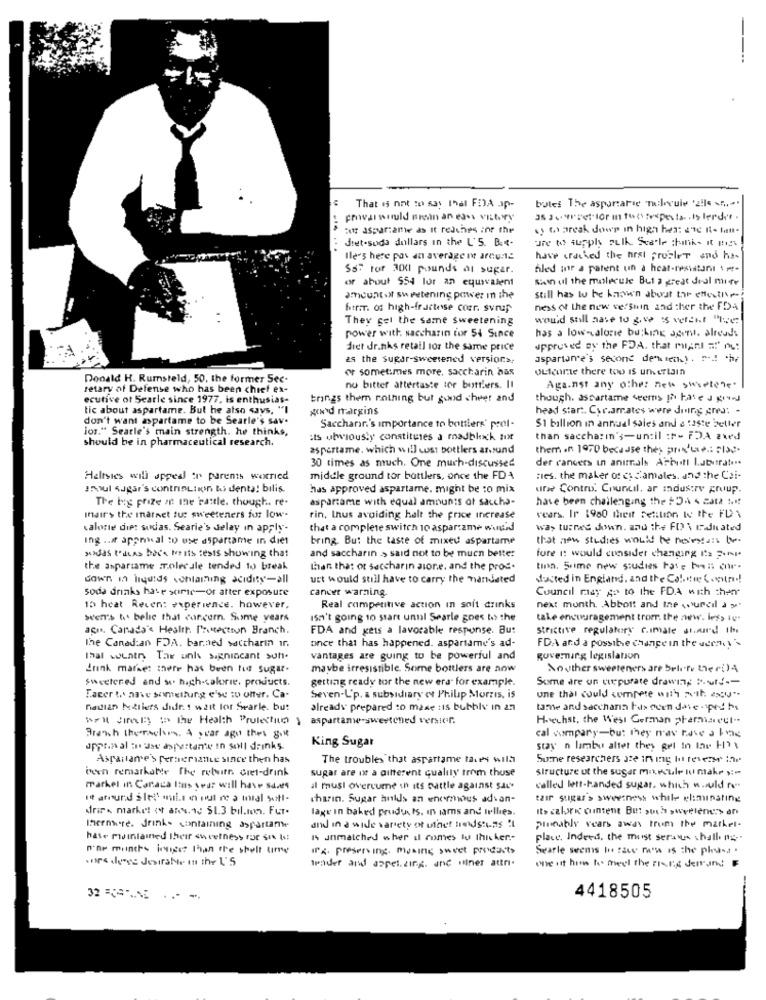
-
That is not to say Ihal FDA ap-
butes The aspartarie "molecule '2!le .....
Boor aspartame as it reaches inr the
sy th arcak dowp in high hes: 2"℃ R- tant.
: dret-soda dollars in the L'5. B. «-
Ile''s here pas an average ne arcu:le
have ordered the hrst prusler and ha-
SsT for 300 pounds of sugar.
filed ine a patent un a heat-resistant -
or about 554 lor an equivalent
Sain ul the molecule But a great deal mite
amcuntoit sweetening power In the
still has to be known about the effective -!
friT. of high-fractese coer. svrup
ness of the new vefsnin and ther the FDA
They get the same sweetening
would soll have to give is vercht "we
has a lowcalorie bushing agent, alreads
power with saccharin fur 54 Since
det dr.nks retail 1or the same price
approved of the FDA. that might =" no:
as the sugar-sweetened version>,
aspartame's second denn tech). r4 h
or sometimes more, saccharin has
Outcome there too Is un ertain
Donald H. Rumsteld, 50, the former Sec-
retary of Defense who has been chief ex-
nu bitter aftertaste tor bottlers. It
Against any other new swietene.
ecutive of Searle since 1977, is enthusias-
trings them nothing but good cheer and
though. ascartame seems phi hate J g
tic about aspartame. But he also says, "I
god margins
head start. Cyr.amates were doing gres: -
don't want aspartame to be Searle's sav.
Jos." Searle's main strength. he thinks,
Saccharr's importance to bottlers' prol-
$1 billion in annual sales and a taste beller
should be in pharmaceutical research.
:ts utwiously constitutes a madblxck mix
than saccharin's-un:il :P- FDA axed
aspartame, which will cost bottlers around
them in 1970 because they priv'Le .: "la ..
30 times as much. One much-discussed
der cancers in animals Arbutl Laborato ..
Heltsies will appeal in parents worried
middle ground tor bottlers, once the FDA
nies. the maker of co Camales. and the Cai-
aul sugar's contrition bs denta! bilis
has approved aspartame. might be to mix
un Contro. Council, ar industry group
The big prize of the battle. though, re-
aspartame with equal amounts of saccha-
have been challenging the FDA 4 2at N !!
indir's the marnet tut sweeteners fur low-
rin, Inus avoiding halt the price increase
veers. Ir 1980 theit petition to the FD \
calorie diet sudas. Searie's delay in apply-
that a complete switch 10 aspartame would
was turned down. and the FO\ radiated
Ing .. # appniwal to use aspartame in diet
bring. But the taste of mixed aspartame
that now studies would be noimass be
and saccharin > said not to be much better
>>das todas boca to its tests showing that
fore n: would consider changing Its 3.Il.
the aspartame molecule tended to break
than the: or saccharin alone, and the proc-
tina. Some new studies hate boas che-
down in liquids containing acidity-all
ust would still have to carry the mandated
ducted in England, and the Colonie Comuni !!
soda drinks have sciric-or after exposure
cancer warning.
Council may As to the FDA with then
16 heat Recen: experience. however,
Real competitive action in soft drinks
next month. Abbott and the wufeil à y'
Svenr's to belic that concern. Some years
isn't going to start unnl Searle goes to> the
take encouragement trom the new. less ly
agır, Canada's Health. Protection Branch.
FDA and gets a lavorable response. Bu:
Strictive regulatory c.imate stuurd thi
The Canadian FDA. barned saccharin ir.
once that has happened. aspartame's ad-
FDA and a possible change in the scenes
Thal wountry The unk signincant sun.
vantages are guing to be powerful and
governing legislation
drink market there has been tu sugar.
maybe irresistible. Some bottlers are now
Nouther sweeteners are Selife ther()4
Sweetened and we. hach-calorie. products.
getting ready tor the new era" for example.
Some are un cupurate drawing P.wulf --
Facer to aave something e'se wo offer. Ca-
Seven-L'p. a subsidiary e Philip Morris, is
une thal (uld compete with with any"-
nadian kellers diddr. ! wait lor Searle. but
already prepared to mase :is bubbly in 2.7
tame and sacchana hus over dose - pedro
Well FireBy to the Health Protection , aspartame-sweetened versier.
Hoechst. the West German phamiseul".
Branch themselves. A year ago thes got
cal company-but they may have a book
opprin al : "das aspettante in soll drinks.
King Sugar
stay n lambu altet they gel in lar H'
Aspartame's PerserianLe since then has
The troubles that aspartame faces will
50me researchers 1: 111111h
been remarkable The return dret-drink
sugar are ix a different qualily trim thuse
structure ut the sugar molecule lu make y:"
markel in Canaca Itus seur will have saves
il musi overcume in its battle against sat
called lett-handed sugar, which w.fuld ra"
it ant und sles mis en nut re a intal sett-
charin. Sugar holds an enormous adsan-
cair sugar's sweetness while eliminating
drie . market of any.10 51.3 bil.mon. Fur.
lage in baked products, in jams and willies.
its calore content But such sweetene> an
Thermage. drink+ containing aspartame
and in a wide variety of uthet hedstins !
puseably years away from the market-
hate maintained their sweetness For Sin Is!
" unmatched wher il comes tu Ihn ker .-
place. Indeed, the must seratus chall ny ..
nar munchs insight than the shell time
ir& preserving. musing sweet products
Searle seems In face m'as is the phus. .
tender and appel.zing. and "iner attri.
one int himes tos meel the ring denand
32 CARNE
-- -
4418505